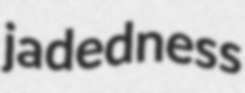
jadedness